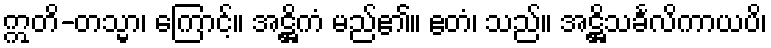
ဣတိ-တသ္မာ၊ ကြောင့်။ အဋ္ဌိကံ မည်၏။ ဧတံ၊ သည်။ အဋ္ဌိသင်္ခလိကာယပိ၊